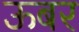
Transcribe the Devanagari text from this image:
ऊबर